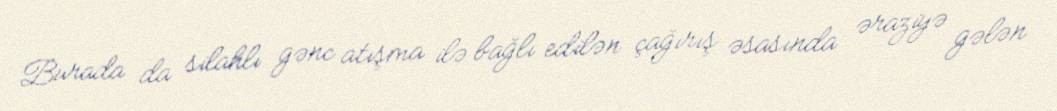
Burada da silahlı gənc atışma ilə bağlı edilən çağırış əsasında əraziyə gələn